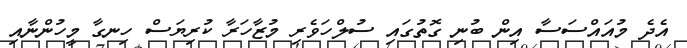
އެދެ މުއައްސަސާ އިން ބުނި ގޮތުގައި ސުލްހަވެރި މުޒާހަރާ ކުރިޔަސް ހިނގާ މީހުންނާއި